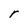
Character: r